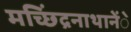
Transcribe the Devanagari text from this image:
मच्छिंद्रनाथानेेंे